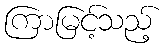
ကြာမြင့်သည့်